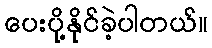
ပေးပို့နိုင်ခဲ့ပါတယ်။